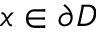
x \in \partial D